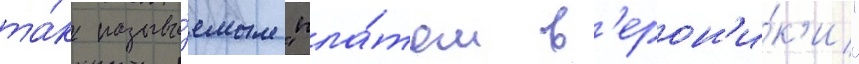
та́к называ́емым "пла́том в'ерон'и́к'и"